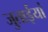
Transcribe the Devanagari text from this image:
जुताईयां